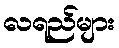
လရည်များ